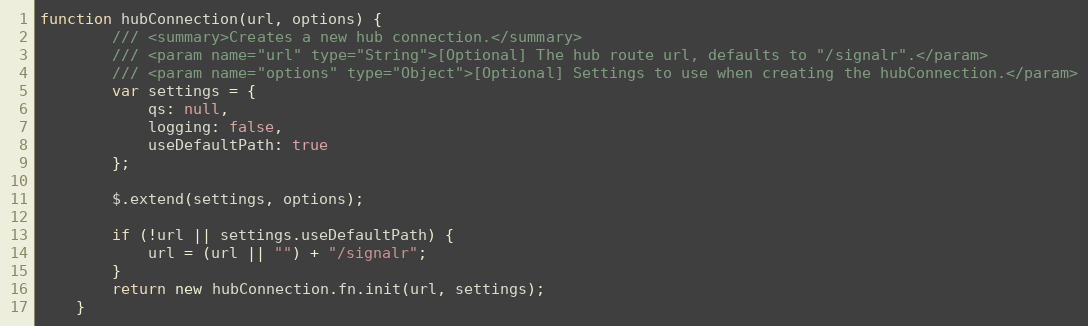
Language: JavaScript
function hubConnection(url, options) {
        /// <summary>Creates a new hub connection.</summary>
        /// <param name="url" type="String">[Optional] The hub route url, defaults to "/signalr".</param>
        /// <param name="options" type="Object">[Optional] Settings to use when creating the hubConnection.</param>
        var settings = {
            qs: null,
            logging: false,
            useDefaultPath: true
        };

        $.extend(settings, options);

        if (!url || settings.useDefaultPath) {
            url = (url || "") + "/signalr";
        }
        return new hubConnection.fn.init(url, settings);
    }